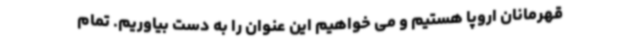
قهرمانان اروپا هستیم و می خواهیم این عنوان را به دست بیاوریم. تمام